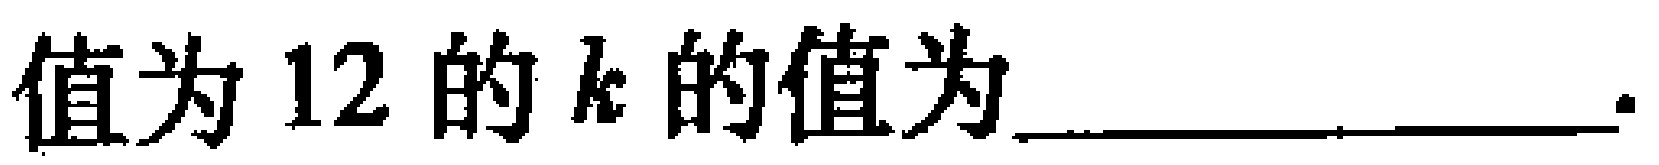
值为 \(12\) 的 \(k\) 的值为  __________________ .